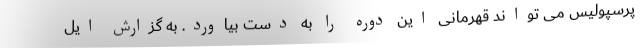
پرسپولیس می تواند قهرمانی این دوره را به دست بیاورد. به گزارش ایل